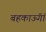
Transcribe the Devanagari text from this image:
बहकाऊॅगां